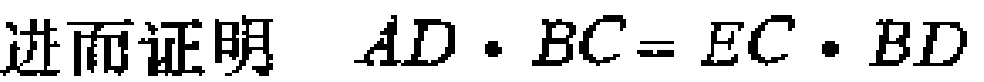
进而证明 \(AD\cdot BC = EC\cdot BD\)